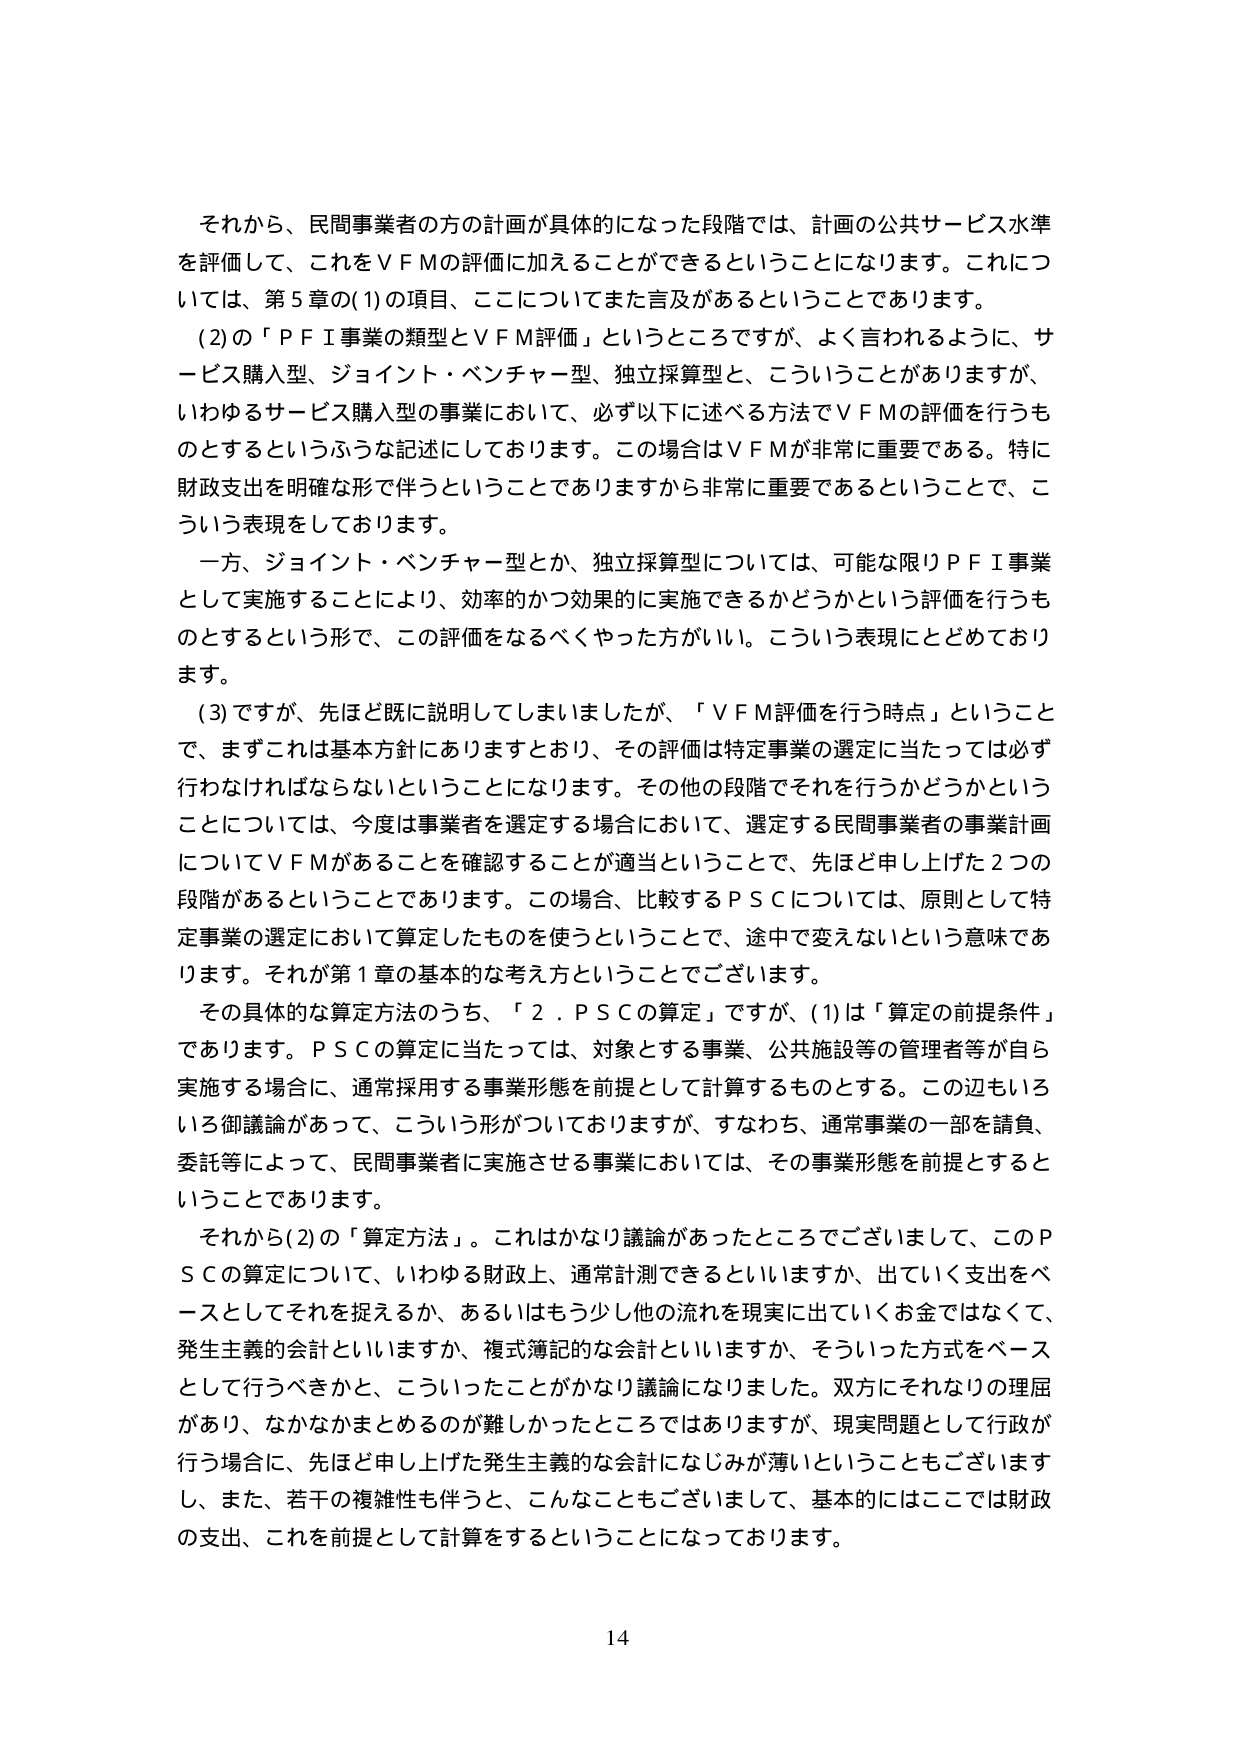
それから、民間事業者の方の計画が具体的になった段階では、計画の公共サービス水準を評価して、これをＶＦＭの評価に加えることができるということになります。これについては、第５章の(1)の項目、ここについてまた言及があるということであります。

(2)の「ＰＦＩ事業の類型とＶＦＭ評価」というところですが、よく言われるように、サービス購入型、ジョイント・ベンチャー型、独立採算型と、こういうことがありますか、いわゆるサービス購入型の事業において、必ず以下に述べる方法でＶＦＭの評価を行うものとするというふうな記述にしております。この場合はＶＦＭが非常に重要である。特に財政支出を明確な形で伴うということでありますから非常に重要であるということで、こういう表現をしております。

一方、ジョイント・ベンチャー型とか、独立採算型については、可能な限りＰＦＩ事業として実施することにより、効率的かつ効果的に実施できるかどうかという評価を行うものとするという形で、この評価をなるべくやった方がいい。こういう表現にとどめております。

(3)ですが、先ほど既に説明してしまいましたが、「ＶＦＭ評価を行う時点」ということで、まずこれは基本方針にありますとおり、その評価は特定事業の選定に当たっては必ず行わなければならないということになります。その他の段階でそれを行うかどうかということについては、今度は事業者を選定する場合において、選定する民間事業者の事業計画についてＶＦＭがあることを確認することが適当ということで、先ほど申し上げた２つの段階があるということであります。この場合、比較するＰＳＣについては、原則として特定事業の選定において算定したものを使うということで、途中で変えないという意味であります。それが第１章の基本的な考え方ということでございます。

その具体的な算定方法のうち、「２．ＰＳＣの算定」ですが、(1)は「算定の前提条件」であります。ＰＳＣの算定に当たっては、対象とする事業、公共施設等の管理者等が自ら実施する場合に、通常採用する事業形態を前提として計算するものとする。この辺もいろいろ御議論があって、こういう形がついておりますが、すなわち、通常事業の一部を請負、委託等によって、民間事業者に実施させる事業においては、その事業形態を前提とするということであります。

それから(2)の「算定方法」。これはかなり議論があったところでございまして、このＰＳＣの算定について、いわゆる財政上、通常計測できるといいますか、出ていく支出をベースとしてそれを捉えるか、あるいはもう少し他の流れを現実に出ていくお金ではなくて、発生主義的会計といいますか、複式簿記的な会計といいますか、そういった方式をベースとして行うべきかと、こういったことがかなり議論になりました。双方にそれなりの理屈があり、なかなかまとめるのが難しかったところではありますが、現実問題として行政が行う場合に、先ほど申し上げた発生主義的な会計になじみが薄いということもございますし、また、若干の複雑性も伴うと、こんなこともございまして、基本的にはここでは財政の支出、これを前提として計算をするということになっております。

14